Indian journal of veterinary science and animal husbandry - Volume 11,
Year: 1941
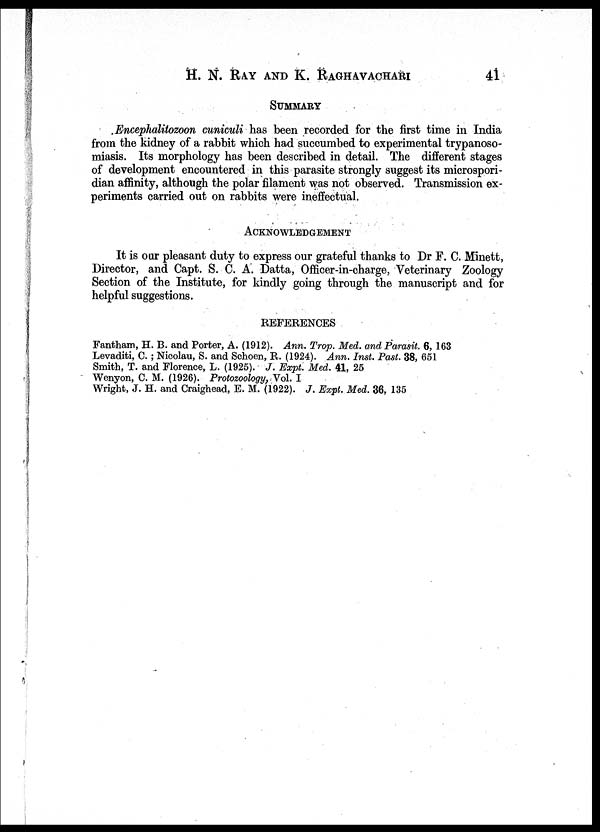
H. N. RAY AND K.
RAGHAVACHARI
41
SUMMARY
Encephalitozoon cuniculi has been recorded for the first time in India
from the kidney of a rabbit which had succumbed to experimental trypanoso-
miasis.Its morphology has been described in detail. The different stages
of development encountered in this parasite strongly suggest its microspori¬
dian affinity, although the polar filament was not observed. Transmission ex-
periments carried out on rabbits were ineffectual.
ACKNOWLEDGEMENT
It is our pleasant duty to express our grateful thanks to Dr F.C.Minett,
Director, and Capt. S.C.A. Datta, Officer-in-charge, Veterinary Zoology
Section of the Institute, for kindly going through the manuscript and for
helpful suggestions.
REFERENCES
Fantham, H.B. and Porter, A.(1912). Ann. Trop. Med. and Parasit.6, 163
Levaditi, C.; Nicolau, S. and Schoen, R.(1924). Ann.Inst.Past.38,
651
Smith, T. and Florence, L.(1925). J.Expt.Med.41,
25
Wenyon, C.M.(1926). Protozoology, Vol.I
Wright, J.H. and Craighead, E.M.(1922). J.Expt.Med.36, 135